Annual report on the Civil Veterinary Department, Burma (including the Insein Veterinary School) - 1923-1931
Year: 1923
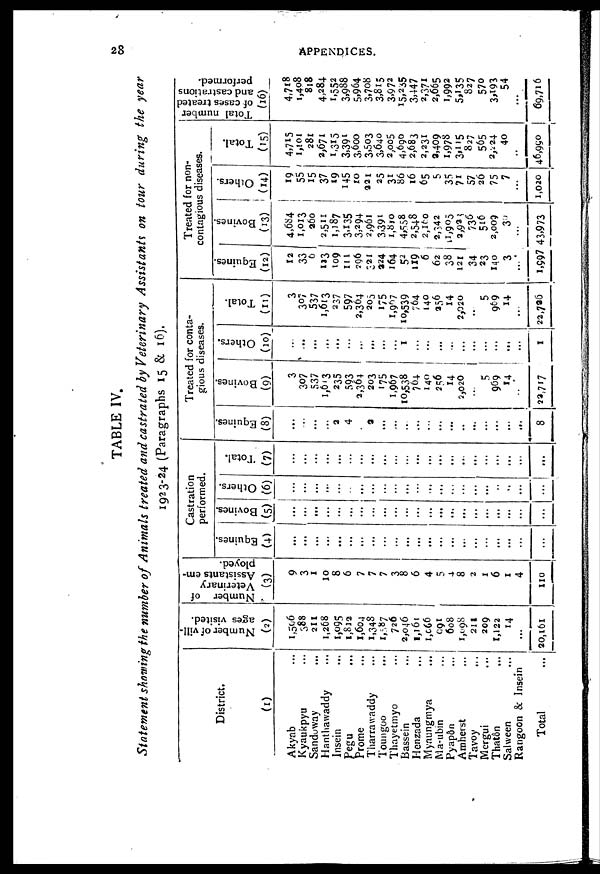
28
APPENDICES.
TABLE IV.
Statement showing the number of Animals treated and castrated by Veterinary Assistants on tour during the year
1923-24 (Paragraphs 15 & 16).
District.
(1)
Akyab ...
Kyaukpyu ...
Sandoway ...
Hanthawaddy ...
Insein ...
Pegu ...
Prome ...
Tharrawaddy ...
Toungoo ...
Thayetmyo ...
Bassein ...
Henzada ...
Myaungmya ...
Ma-ubin ...
Pyapôn ...
Amherst ...
Tavoy ...
Mergui ...
That&n ...
Salween ...
Rangoon & Insein
Total ...
Number of vill-
ages visited.
(2)
1,596
388
211
1,268
1,095
1,812
1,604
1,348
1,587
726
2,046
1,161
1,066
991
608
1,098
211
209
1,122
14
...
20,161
Number of
Veterinary
Assistants em-
ployed.
(3)
9
3
1
10
8
6
7
7
7
3
8
6
4
5
4
8
2
1
6
1
4
110
Castration
performed.
Equines.
(4)
...
...
...
...
...
...
...
...
...
...
...
...
...
...
...
...
...
...
...
...
...
...
Bovines.
(5)
...
...
...
...
...
...
...
...
...
...
...
...
...
...
...
...
...
...
...
...
...
Others.
(6)
...
...
...
...
...
...
...
...
...
...
...
...
...
...
...
...
...
...
...
..
...
...
Total.
(7)
...
...
...
...
...
...
...
...
...
...
...
...
...
...
...
...
...
...
...
...
...
...
Treated for conta-
gious diseases.
Equines.
(8)
...
...
...
...
2
4
...
3
...
...
...
...
...
...
...
...
...
...
...
...
...
8
Bovines.
(9)
3
307
537
1,613
235
593
2,364
203
175
1,967
10,538
764
140
256
14
2,020
5
969
14
..
22,717
Others.
(10)
...
...
...
...
...
...
...
...
...
1
...
...
...
...
...
...
...
...
...
...
1
Total.
(11)
3
307
537
1,613
237
597
2,364
205
175
1,967
10,539
764
140
356
14
2,020
...
5
969
14
...
22,736
Treated for non-
contagious diseases.
Equines.
(12)
12
33
0
123
109
111
206
321
324
164
52
119
6
62
38
121
34
23
140
3
...
1,997
Bovines.
(13)
4,6b'4
1,013
360
2,511
1,187
3,135
3,294
2,961
3,391
1,810
4,558
2,548
2,160
2,7,42
11,905
2,923
736
516
2,009
30
...
43,973
Others.
(14)
19
55
15
37
19
145
10
321
25
31
86 16
65
5
35
71
57
26
75
7
...
1,020
Total.
(15)
4,715
1,101
281
2,671
1,315
3,391
3,600
3,503
3,640
2,005
4,690
2,683
2,231
3,409
1,978
3,115
827
565
2,224
40
...
46,990
Total number
of cases treated
and castrations
performed.
(16)
4,718
1,408
818
4,284
1,552
3,988
5,964
3,708
3,815
3,972
15,235
3,447
2,371
2,665
1,992
5,135
827
570
3,193
54
...
69,716